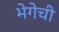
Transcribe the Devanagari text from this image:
भेगेची